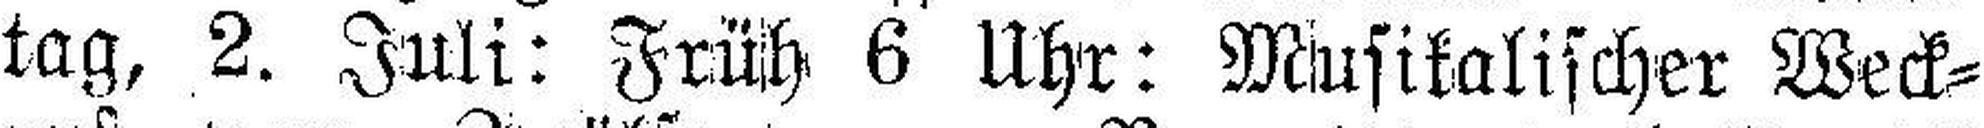
tag, 2. Juli: Früh 6 Uhr: Musikalischer Weck¬